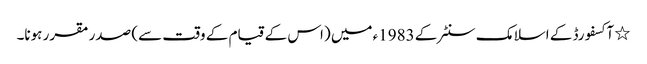
٭ آکسفورڈ کے اسلامک سنٹر کے 1983ء میں (اس کے قیام کے وقت سے) صدر مقرر ہونا۔